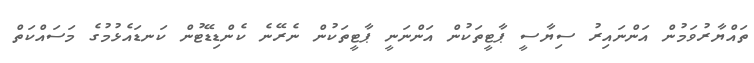
ތައްޔާރުވަމުން އަންނައިރު ސިޔާސީ ޕާޓީތަކުން އަންނަނީ ޕާޓީތަކުން ނެރޭނެ ކެންޑިޑޭޓުން ކަނޑައެޅުމުގެ މަސައްކަތް